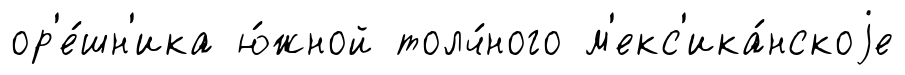
ор'е́шн'ика ю́жной толч́ного м'екс'ика́нскоjе